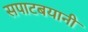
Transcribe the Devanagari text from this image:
सपाटबयानी